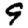
Digit: 9